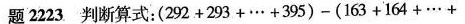
题2223 判断算式：（292+293+…+395）-（163+164+…+